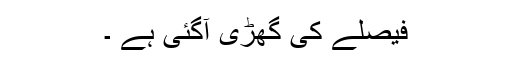
فیصلے کی گھڑی آگئی ہے ۔